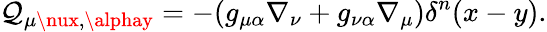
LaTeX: \mathcal{Q}_{\mu\nux,\alphay}=-(g_{\mu\alpha}\nabla_{\nu}+g_{\nu\alpha}\nabla_{\mu})\delta^{n}(x-y).